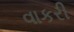
વાકરી